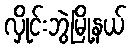
လှိုင်းဘွဲမြို့နယ်